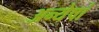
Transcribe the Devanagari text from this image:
अन्येषां